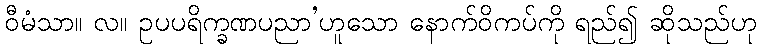
ဝီမံသာ။ လ။ ဥပပရိက္ခဏပညာ’ဟူသော နောက်ဝိကပ်ကို ရည်၍ ဆိုသည်ဟု